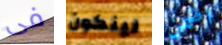
فى لينكون اضمن